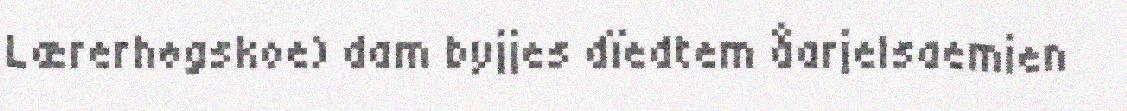
Lærerhøgskoe) dam byjjes dïedtem åarjelsaemien